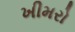
ખીમરો